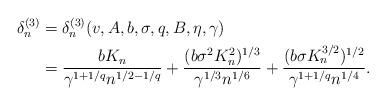
LaTeX: \begin{align*}\delta_{n}^{(3)} &= \delta_{n}^{(3)}(v,A,b,\sigma,q,B,\eta,\gamma) \\& = \frac{b K_n}{\gamma^{1 + 1/q}n^{1/2-1/q}} + \frac{(b\sigma^2 K_n^{2})^{1/3}}{\gamma^{1/3} n^{1/6}} + \frac{(b \sigma K_n^{3/2})^{1/2}}{\gamma^{1 + 1/q}n^{1/4}}. \end{align*}